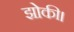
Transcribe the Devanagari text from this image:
झोकी।